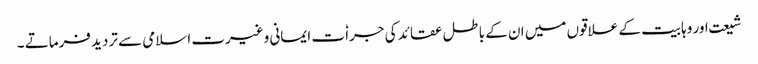
شیعت اور وہابیت کے علاقوں میں ان کے باطل عقائد کی جراٗ ت ایمانی وغیرت اسلامی سے تردید فرماتے ۔